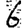
Digit: 6